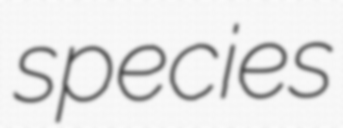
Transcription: species